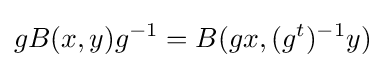
\displaystyle {gB(x,y)g^{-1}=B(gx,(g^{t})^{-1}y)}